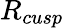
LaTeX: R_{cusp}